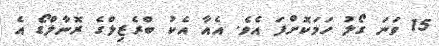
15 ވަނަ ގޯލު ހަމަކޮށްފަ އެވެ. އެއާ އެކު ބްރެޒިލްގެ ރޮނާލްޑޯ އެ